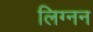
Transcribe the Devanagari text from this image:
लिग्नन